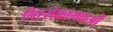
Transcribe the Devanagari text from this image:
निस्संक्रामकओं